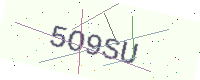
Text: 5O9SU